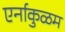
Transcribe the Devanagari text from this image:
एर्नाकुळम